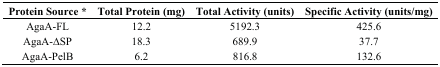
<table><thead><tr><td><b>Protein Source *</b></td><td><b>Total Protein (mg)</b></td><td><b>Total Activity (units)</b></td><td><b>Specific Activity (units/mg)</b></td></tr></thead><tbody><tr><td>AgaA-FL</td><td>12.2</td><td>5192.3</td><td>425.6</td></tr><tr><td>AgaA-∆SP</td><td>18.3</td><td>689.9</td><td>37.7</td></tr><tr><td>AgaA-PelB</td><td>6.2</td><td>816.8</td><td>132.6</td></tr></tbody></table>